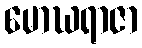
မောဃရာဇာ